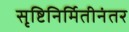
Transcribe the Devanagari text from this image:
सृष्टिनिर्मितीनंतर